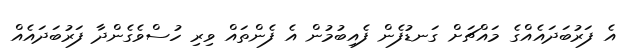
އެ ފަރުބަދައެއްގެ މައްޗަށް ގަނޑުފެން ފެއިބުމުން އެ ފެންތައް ވިރި ހުސްވެގެންދާ ފަރުބަދައެއް